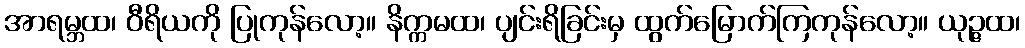
အာရမ္ဘထ၊ ဝီရိယကို ပြုကုန်လော့။ နိက္ကမထ၊ ပျင်းရိခြင်းမှ ထွက်မြောက်ကြကုန်လော့။ ယုဉ္ဇထ၊